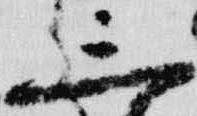
三